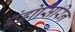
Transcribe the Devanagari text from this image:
एंडोसिरिन